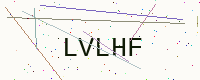
Text: LVLHF